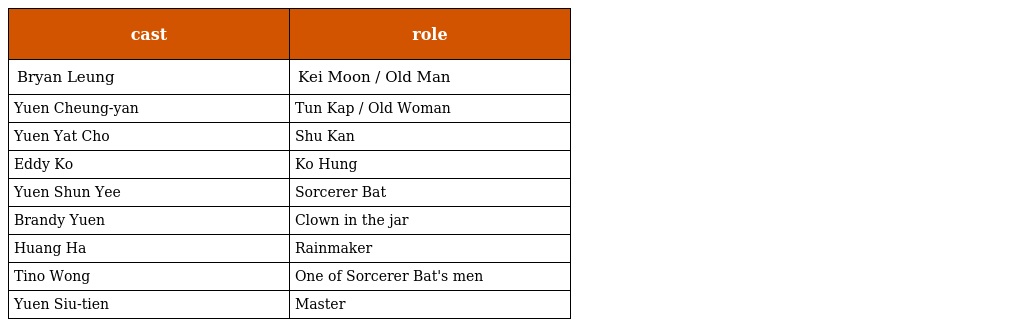
| cast | role |
 | --- | --- |
 | Bryan Leung | Kei Moon / Old Man 奇門 |
 | Yuen Cheung-yan | Tun Kap / Old Woman 遁甲 |
 | Yuen Yat Cho | Shu Kan 樹根 |
 | Eddy Ko | Ko Hung 高雄 |
 | Yuen Shun Yee | Sorcerer Bat 蝙蝠法師 |
 | Brandy Yuen | Clown in the jar 罈子裡的人 |
 | Huang Ha | Rainmaker |
 | Tino Wong | One of Sorcerer Bat's men 蝙蝠法師手下 |
 | Yuen Siu-tien | Master 師父 |